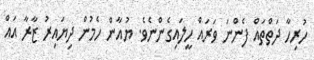
ހުރިހާ ދަތްތައް ފެންނަ ވަރައް ހީލައިގެންނެވެ. ޔުއާން ހެމުން ދިޔައިރު ޒާރާ އައް